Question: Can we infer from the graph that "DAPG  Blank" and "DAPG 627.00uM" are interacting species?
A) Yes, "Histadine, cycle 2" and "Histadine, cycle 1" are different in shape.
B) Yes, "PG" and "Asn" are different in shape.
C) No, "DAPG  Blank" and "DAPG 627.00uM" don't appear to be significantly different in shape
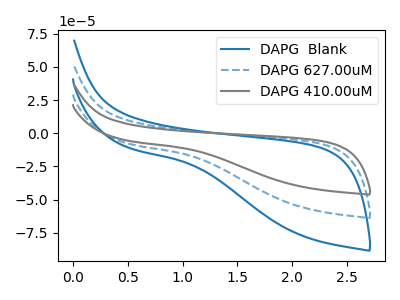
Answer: <think>The blue curve "DAPG  Blank" has no peaks. The blue dashed curve "DAPG 627.00uM" has no peaks. The gray curve "DAPG 410.00uM" has no peaks.
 Neither "DAPG  Blank" or "DAPG 627.00uM" have any peaks.</think>
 <answer>C) No, "DAPG  Blank" and "DAPG 627.00uM" don't appear to be significantly different in shape</answer>
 <eval>C</eval>